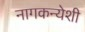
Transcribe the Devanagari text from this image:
नागकन्येशी